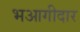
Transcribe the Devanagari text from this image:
भआगीदार